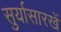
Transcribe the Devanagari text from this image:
सुर्यासारखें